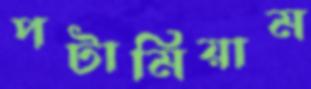
পটামিয়াম